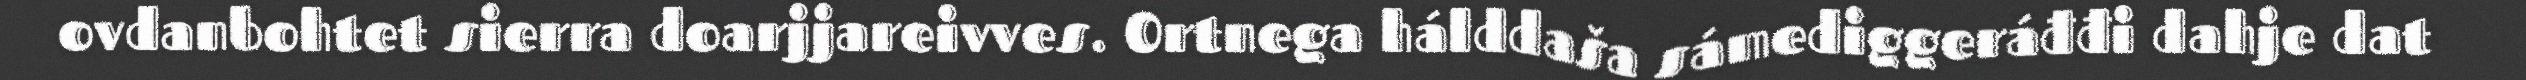
ovdanbohtet sierra doarjjareivves. Ortnega hálddaša sámediggeráđđi dahje dat